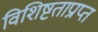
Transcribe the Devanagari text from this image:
विशिष्टताप्राप्त